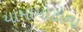
યામામોટોના